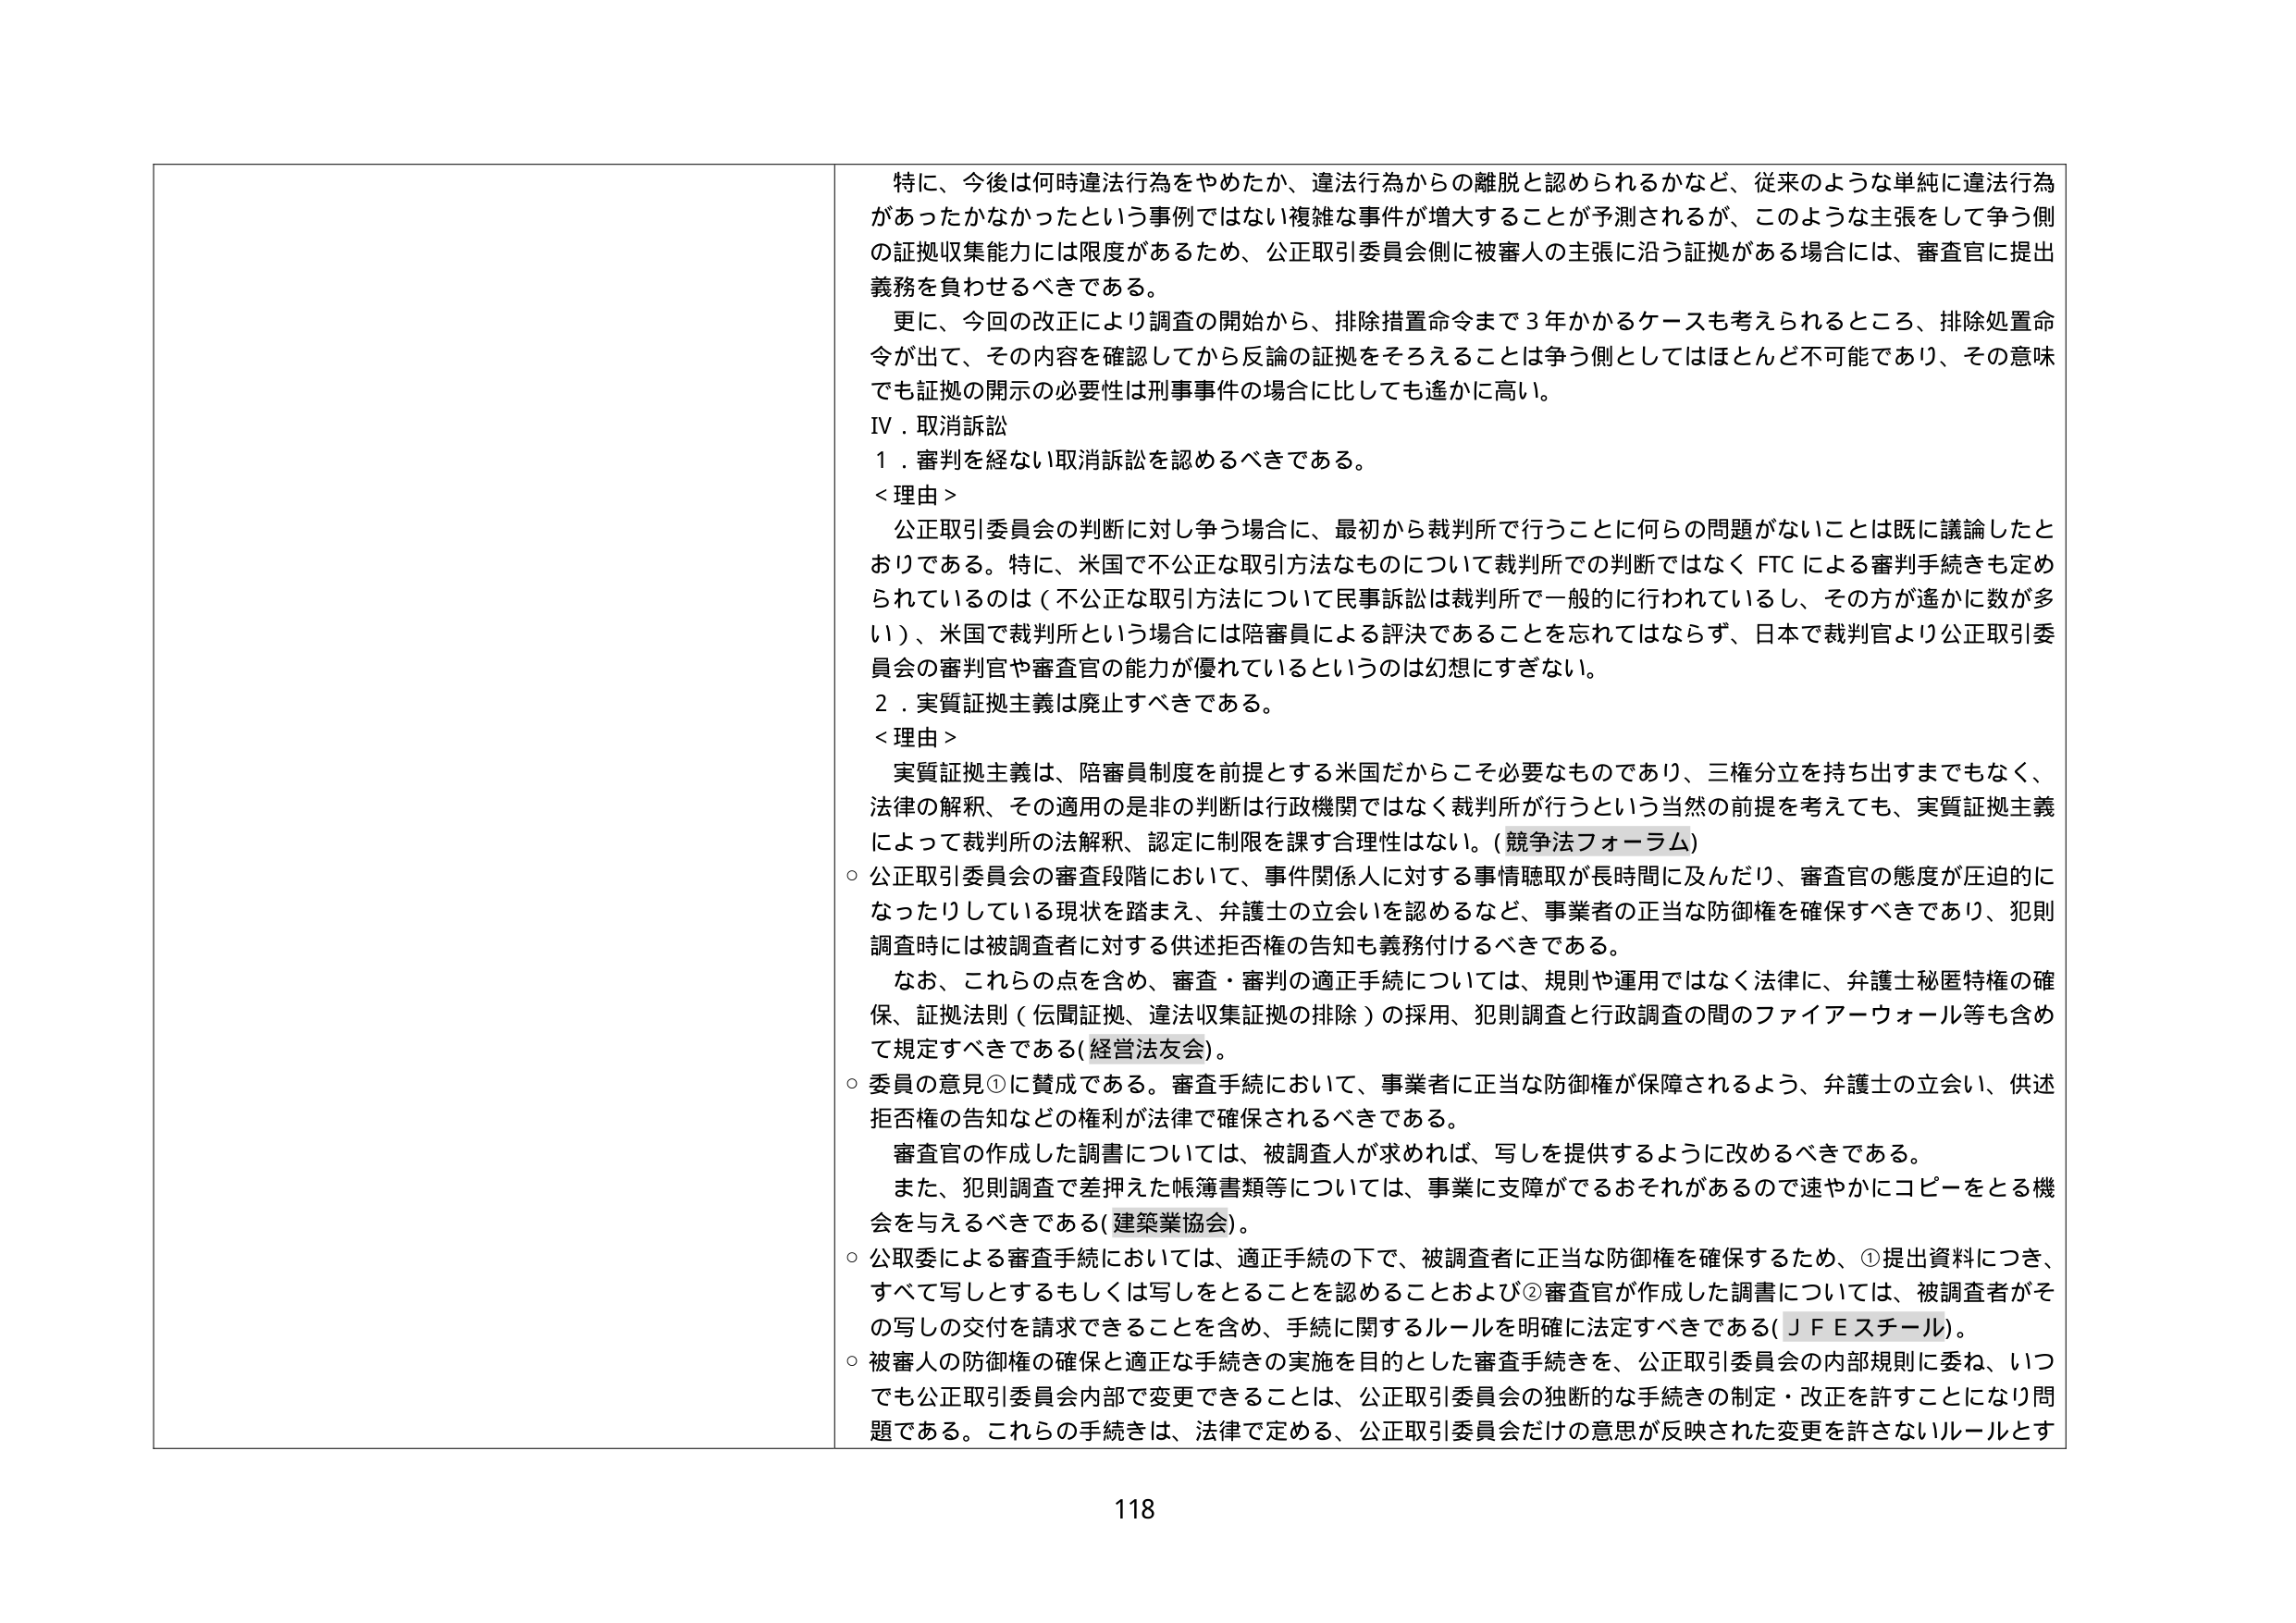
特に、今後は何時違法行為をやめたか、違法行為からの離脱と認められるかなど、従来のような単純に違法行為があったかなかったという事例ではない複雑な事件が増大することが予測されるが、このような主張をして争う側の証拠収集能力には限度があるため、公正取引委員会側に被審人の主張に沿う証拠がある場合には、審査官に提出義務を負わせるべきである。

更に、今回の改正により調査の開始から、排除措置命令まで３年かかるケースも考えられるところ、排除処置命令が出て、その内容を確認してから反論の証拠をそろえることは争う側としてはほとんど不可能であり、その意味でも証拠の開示の必要性は刑事事件の場合に比しても遙かに高い。

Ⅳ．取消訴訟

１．審判を経ない取消訴訟を認めるべきである。

＜理由＞

公正取引委員会の判断に対し争う場合に、最初から裁判所で行うことに何らの問題がないことは既に議論したとおりである。特に、米国で不公正な取引方法なものについて裁判所での判断ではなく FTC による審判手続きも定められているのは（不公正な取引方法について民事訴訟は裁判所で一般的に行われているし、その方が遙かに数が多い）、米国で裁判所という場合には陪審員による評決であることを忘れてはならず、日本で裁判官より公正取引委員会の審判官や審査官の能力が優れているというのは幻想にすぎない。

２．実質証拠主義は廃止すべきである。

＜理由＞

実質証拠主義は、陪審員制度を前提とする米国だからこそ必要なものであり、三権分立を持ち出すまでもなく、法律の解釈、その適用の是非の判断は行政機関ではなく裁判所が行うという当然の前提を考えても、実質証拠主義によって裁判所の法解釈、認定に制限を課す合理性はない。（競争法フォーラム）

○ 公正取引委員会の審査段階において、事件関係人に対する事情聴取が長時間に及んだり、審査官の態度が圧迫的になったりしている現状を踏まえ、弁護士の立会いを認めるなど、事業者の正当な防御権を確保すべきであり、犯則調査時には被調査者に対する供述拒否権の告知も義務付けるべきである。

なお、これらの点を含め、審査・審判の適正手続については、規則や運用ではなく法律に、弁護士秘匿特権の確保、証拠法則（伝聞証拠、違法収集証拠の排除）の採用、犯則調査と行政調査の間のファイアーウォール等も含めて規定すべきである（経営法友会）。

○ 委員の意見①に賛成である。審査手続において、事業者に正当な防御権が保障されるよう、弁護士の立会い、供述拒否権の告知などの権利が法律で確保されるべきである。

審査官の作成した調書については、被調査人が求めれば、写しを提供するように改めるべきである。

また、犯則調査で差押えた帳簿書類等については、事業に支障がでるおそれがあるので速やかにコピーをとる機会を与えるべきである（建築業協会）。

○ 公取委による審査手続においては、適正手続の下で、被調査者に正当な防御権を確保するため、①提出資料につき、すべて写しとするもしくは写しをとることを認めることおよび②審査官が作成した調書については、被調査者がその写しの交付を請求できることを含め、手続に関するルールを明確に法定すべきである（ＪＦＥスチール）。

○ 被審人の防御権の確保と適正な手続きの実施を目的とした審査手続きを、公正取引委員会の内部規則に委ね、いつでも公正取引委員会内部で変更できることは、公正取引委員会の独断的な手続きの制定・改正を許すことになり問題である。これらの手続きは、法律で定める、公正取引委員会だけの意思が反映された変更を許さないルールとす

118